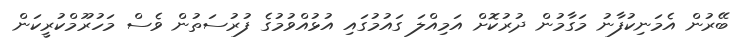
ބޭރުން އެމަނިކުފާނު މަގާމުން ދުރުކޮށް އަމިއްލަ ގައުމުގައި އުޅުއްވުމުގެ ފުރުސަތުން ވެސް މަހުރޫމްކުރީކަން